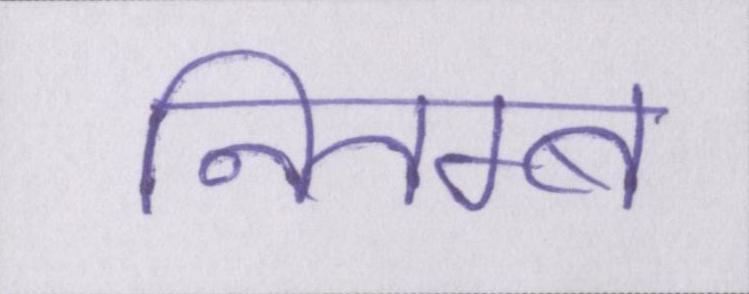
नितम्ब